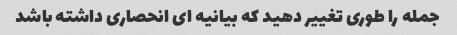
جمله را طوری تغییر دهید که بیانیه ای انحصاری داشته باشد